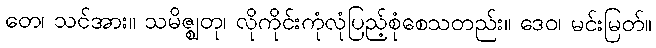
တေ၊ သင်အား။ သမိဇ္ဈတု၊ လိုကိုင်းကုံလုံပြည့်စုံစေသတည်း။ ဒေဝ၊ မင်းမြတ်။